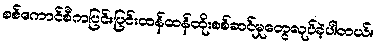
စစ်ကောင်စီကပြင်းပြင်းထန်ထန်ထိုးစစ်ဆင်မှုတွေလုပ်ခဲ့ပါတယ်။